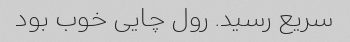
سریع رسید. رول چایی خوب بود